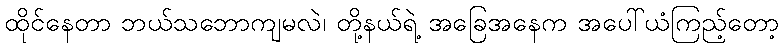
ထိုင်နေတာ ဘယ်သဘောကျမလဲ၊ တို့နယ်ရဲ့ အခြေအနေက အပေါ်ယံကြည့်တော့